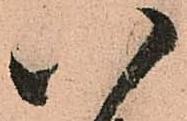
八